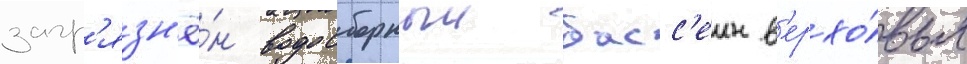
загр'язн'ё́н водосборныи басс'еин в'ерхо́вья